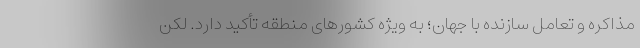
مذاکره و تعامل سازنده با جهان؛ به ویژه کشورهای منطقه تأکید دارد. لکن